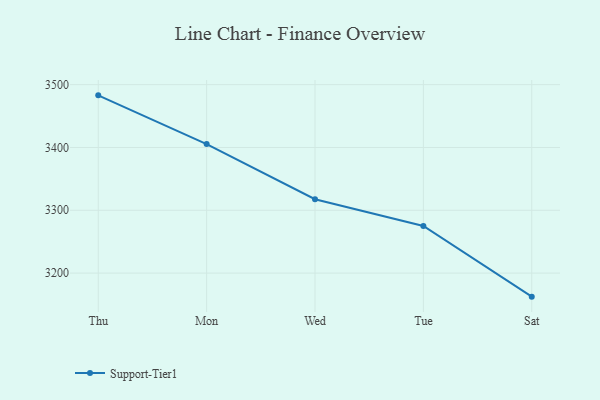
{"axis": {"x": "Day", "y": "Demand Index"}, "legend": ["Support-Tier1"], "data": [{"x": "Thu", "y": 3483.0, "type": "Support-Tier1"}, {"x": "Mon", "y": 3405.4, "type": "Support-Tier1"}, {"x": "Wed", "y": 3317.6, "type": "Support-Tier1"}, {"x": "Tue", "y": 3275.1, "type": "Support-Tier1"}, {"x": "Sat", "y": 3162.5, "type": "Support-Tier1"}]}